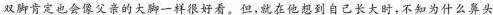
双脚肯定也会像父亲的大脚一样很好看。但，就在他想到自己长大时，不知为什么鼻头